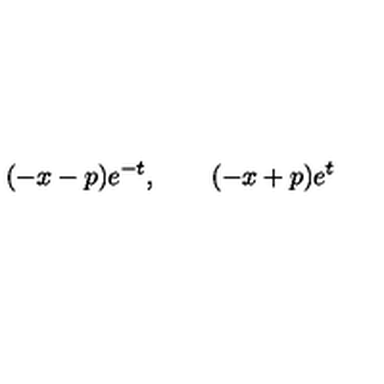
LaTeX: ( - x - p ) e ^ { - t } , \qquad ( - x + p ) e ^ { t }